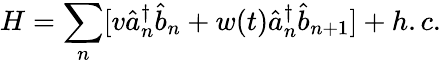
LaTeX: H=\sum_{n}[v\hat{a}_{n}^{\dagger}\hat{b}_{n}+w(t)\hat{a}_{n}^{\dagger}\hat{b}_{n+1}]+h.c.